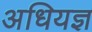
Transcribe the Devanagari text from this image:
अधियज्ञ